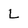
Character: L